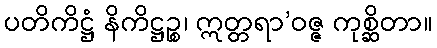
ပတိကိဋ္ဌံ နိကိဋ္ဌဉ္စ၊ ဣတ္တရာ’ဝဇ္ဇ ကုစ္ဆိတာ။